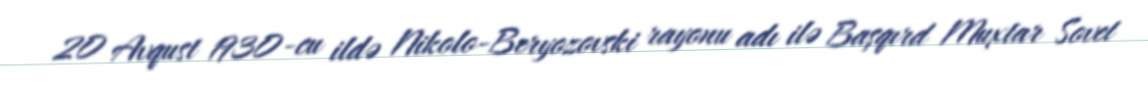
20 Avqust 1930-cu ildə Nikolo-Beryozovski rayonu adı ilə Başqırd Muxtar Sovet